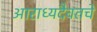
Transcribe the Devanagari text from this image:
आराध्यदैवतचे